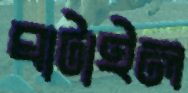
ঘাটাইল